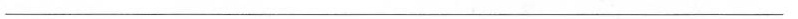
________